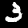
Label: 3